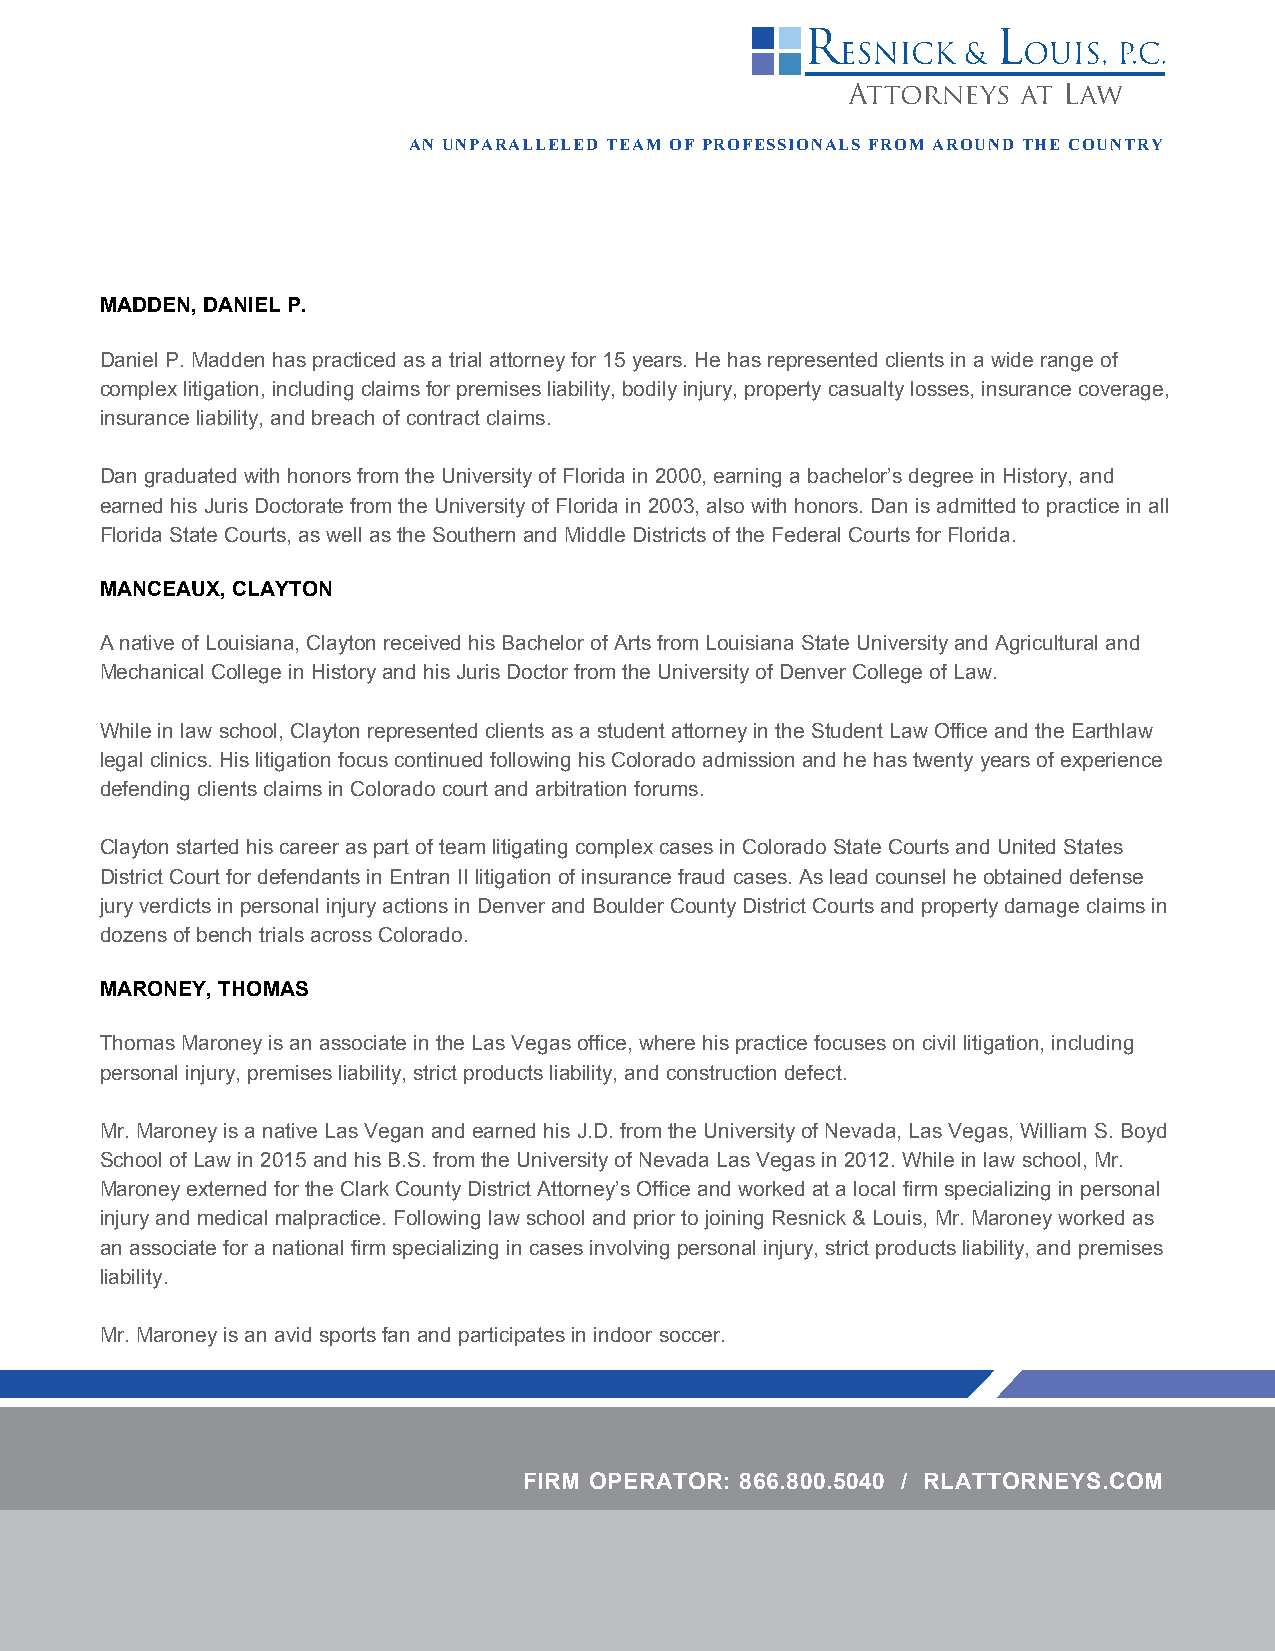
AN UNPARALLELED TEAM OF PROFESSIONALS FROM AROUND THE COUNTRY
 MADDEN, DANIEL P.
 Daniel P. Madden has practiced as a trial attorney for 15 years. He has represented clients in a wide range of
 complex litigation, including claims for premises liability, bodily injury, property casualty losses, insurance coverage,
 insurance liability, and breach of contract claims.
 Dan graduated with honors from the University of Florida in 2000, earning a bachelor’s degree in History, and
 earned his Juris Doctorate from the University of Florida in 2003, also with honors. Dan is admitted to practice in all
 Florida State Courts, as well as the Southern and Middle Districts of the Federal Courts for Florida.
 MANCEAUX, CLAYTON
 A native of Louisiana, Clayton received his Bachelor of Arts from Louisiana State University and Agricultural and
 Mechanical College in History and his Juris Doctor from the University of Denver College of Law.
 While in law school, Clayton represented clients as a student attorney in the Student Law Office and the Earthlaw
 legal clinics. His litigation focus continued following his Colorado admission and he has twenty years of experience
 defending clients claims in Colorado court and arbitration forums.
 Clayton started his career as part of team litigating complex cases in Colorado State Courts and United States
 District Court for defendants in Entran II litigation of insurance fraud cases. As lead counsel he obtained defense
 jury verdicts in personal injury actions in Denver and Boulder County District Courts and property damage claims in
 dozens of bench trials across Colorado.
 MARONEY, THOMAS
 Thomas Maroney is an associate in the Las Vegas office, where his practice focuses on civil litigation, including
 personal injury, premises liability, strict products liability, and construction defect.
 Mr. Maroney is a native Las Vegan and earned his J.D. from the University of Nevada, Las Vegas, William S. Boyd
 School of Law in 2015 and his B.S. from the University of Nevada Las Vegas in 2012. While in law school, Mr.
 Maroney externed for the Clark County District Attorney’s Office and worked at a local firm specializing in personal
 injury and medical malpractice. Following law school and prior to joining Resnick & Louis, Mr. Maroney worked as
 an associate for a national firm specializing in cases involving personal injury, strict products liability, and premises
 liability.
 Mr. Maroney is an avid sports fan and participates in indoor soccer.
 FIRM OPERATOR: 866.800.5040 / RLATTORNEYS.COM